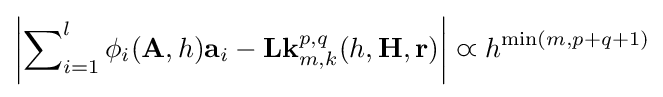
\left\vert \sum \nolimits _{i=1}^{l}\phi _{i}(\mathbf {A} ,h)\mathbf {a} _{i}-\mathbf {L\mathbf {k} } _{m,k}^{p,q}(h,\mathbf {H} ,\mathbf {r} )\right\vert \varpropto h^{\min({m,p+q+1})}